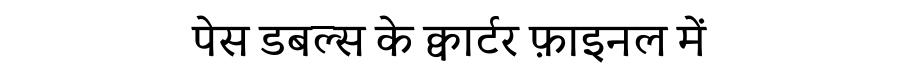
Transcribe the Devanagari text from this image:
पेस डबल्स के क्वार्टर फ़ाइनल में